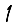
Digit: 1